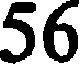
56